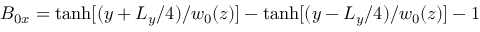
B _ { 0 x } = \operatorname { t a n h } [ ( y + L _ { y } / 4 ) / w _ { 0 } ( z ) ] - \operatorname { t a n h } [ ( y - L _ { y } / 4 ) / w _ { 0 } ( z ) ] - 1